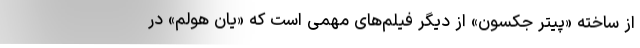
از ساخته «پیتر جکسون» از دیگر فیلم‌های مهمی است که «یان هولم» در